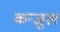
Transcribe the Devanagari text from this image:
कन्जुल